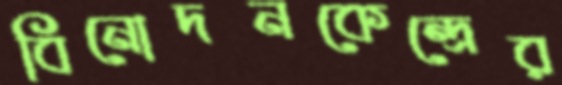
বিনোদনকেন্দ্রের